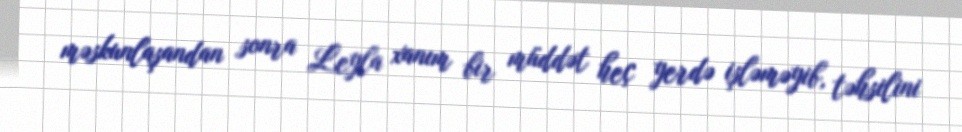
məskunlaşandan sonra Leyla xanım bir müddət heç yerdə işləməyib, təhsilini